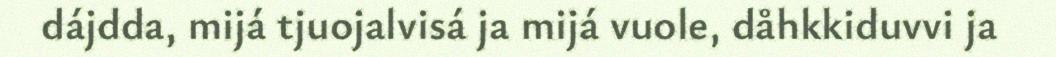
dájdda, mijá tjuojalvisá ja mijá vuole, dåhkkiduvvi ja